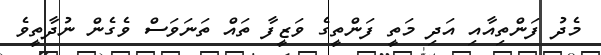
މެދު ފަންތިއާއި އަދި މަތީ ފަންތީގެ ވަޒީފާ ތައް ތަނަވަސް ވެގެން ނުދާތީވެ